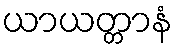
ယာယတ္တာနံ